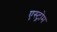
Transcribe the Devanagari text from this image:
एस्ट्रोम